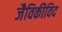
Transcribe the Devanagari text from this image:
जैविकीविद